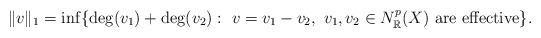
LaTeX: \begin{align*}\|v\| _1=\inf \{\deg (v_1)+\deg (v_2):~v=v_1-v_2,~v_1, v_2\in N^p_{\mathbb{R}}(X) \mbox{ are effective}\}.\end{align*}